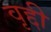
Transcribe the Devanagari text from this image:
वृद्दी